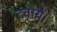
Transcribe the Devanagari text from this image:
दवायें।